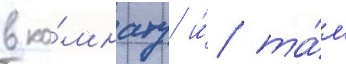
в ко́мнату и́ та́м